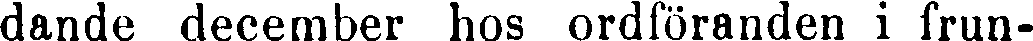
dande december hos ordföranden i frun-